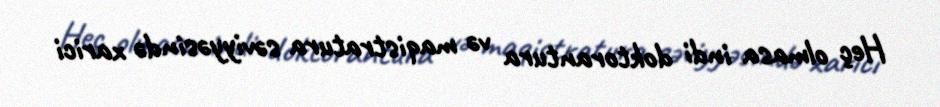
Heç olmasa indi doktorantura və maqistratura səviyyəsində xarici